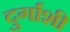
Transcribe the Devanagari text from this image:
दुर्गाशी